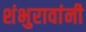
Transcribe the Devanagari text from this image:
शंभुरावांनी